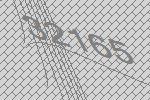
32165